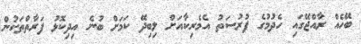
ބޭހެއް ރާއްޖޭގައި ހެދުމުގެ ފުރުސަތު އެމެރިކާއަށް ލިބިދޭ ކަމަށް ބުނެ އިދިކޮޅު ފަރާތްތަކުން